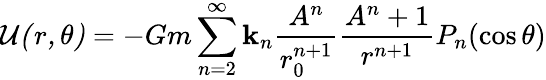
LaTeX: {\cal{{U}(r,\theta)}}=-Gm\sum_{n=2}^{\infty}\mathbf{k}_{n}{\frac{{A^{n}}}{{r_{0}^{n+1}}}}{\frac{{A^{n}+1}}{{r^{n+1}}}}P_{n}(\cos\theta)